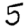
Digit: 5